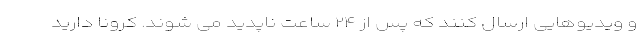
و ویدیوهایی ارسال کنند که پس از ۲۴ ساعت ناپدید می شوند. کرونا دارید